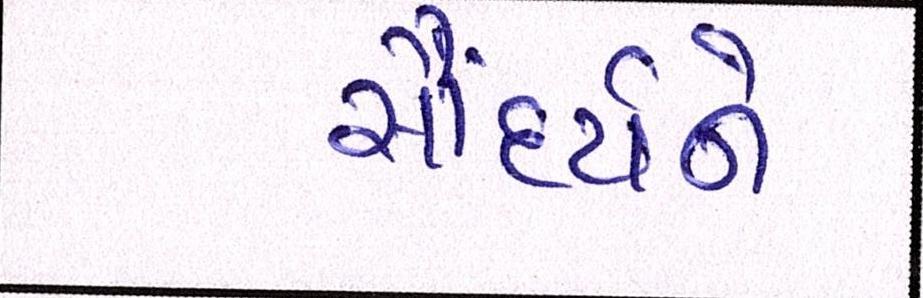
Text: સૌદર્યને